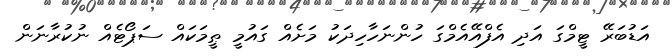
އަޑުބަރޭ ޓީމްގަ އަދި އެފްއޭއެމްގަ ހުންނަހާހިދަކު މަށެއް ގައުމީ ޠީމަކައް ސަޕޯޓެއް ނުކުރާނަން